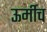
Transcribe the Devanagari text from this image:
ऊर्मीच